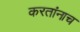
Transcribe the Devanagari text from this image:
करतांनाच